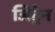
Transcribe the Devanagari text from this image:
जिट्रेन